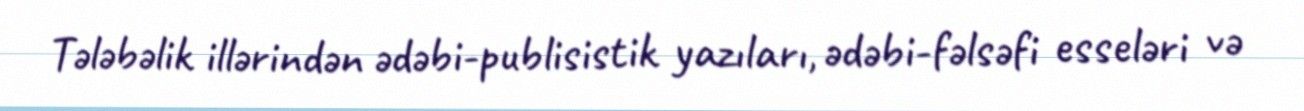
Tələbəlik illərindən ədəbi-publisistik yazıları, ədəbi-fəlsəfi esseləri və